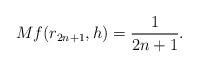
LaTeX: \begin{align*}Mf(r_{2n+1},h)=\frac{1}{2n+1}.\end{align*}